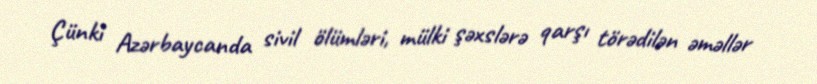
Çünki Azərbaycanda sivil ölümləri, mülki şəxslərə qarşı törədilən əməllər